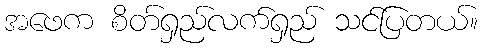
အဖေက စိတ်ရှည်လက်ရှည် သင်ပြတယ်။